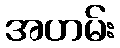
အဟမ်း